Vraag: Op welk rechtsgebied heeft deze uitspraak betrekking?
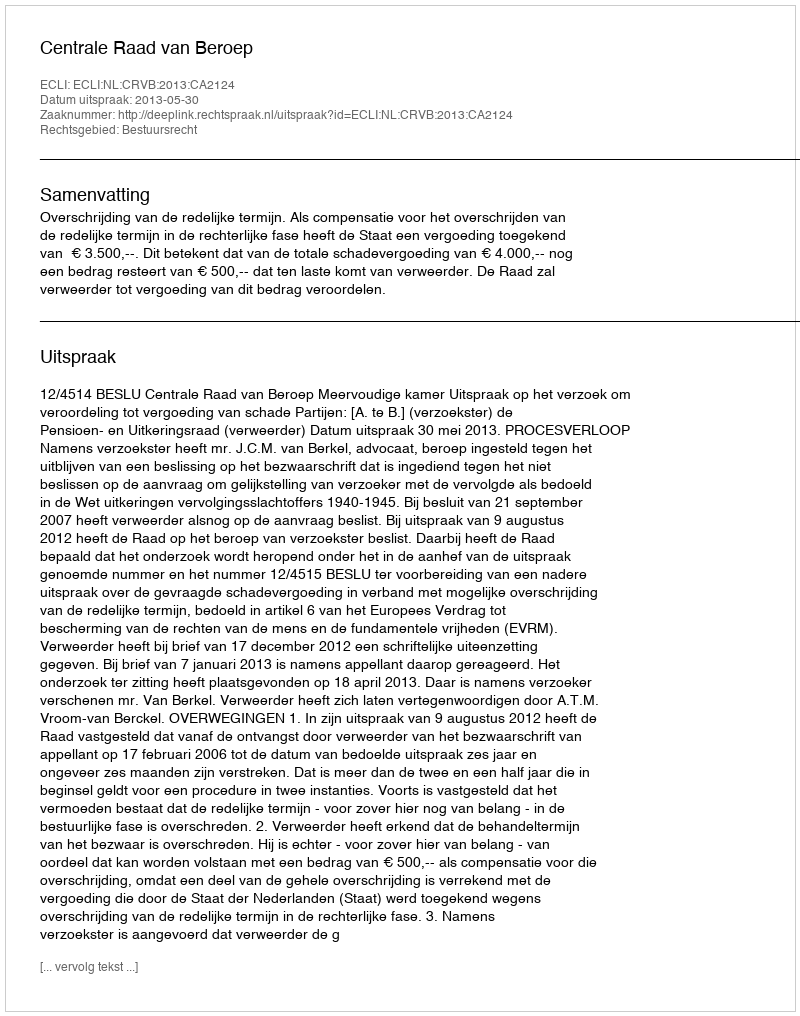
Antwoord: Bestuursrecht